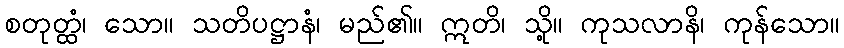
စတုတ္ထံ၊ သော။ သတိပဋ္ဌာနံ၊ မည်၏။ ဣတိ၊ သို့။ ကုသလာနိ၊ ကုန်သော။